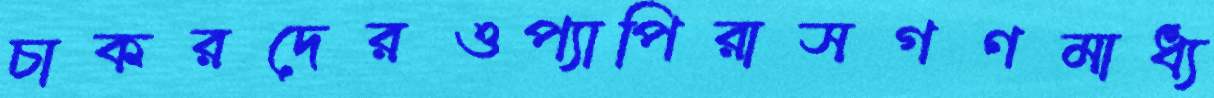
চাকরদেরওপ্যাপিরাসগণমাধ্য